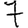
Digit: 7